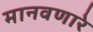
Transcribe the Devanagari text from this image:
मानवणारे